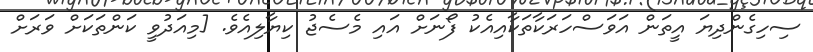
ސިހިގެންދިޔަ އީތަން އަވަސްހަރަކާތަކާއިއެކު ފޯނަށް އައި މެސެޖު ކިޔާލިއެވެ. [މިއަދުވީ ކަންތަކަށް ވަރަށް